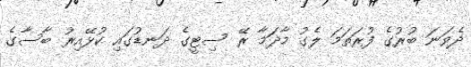
ދެވަނަ ބުރުގެ ފުރަތަމަ ލެގު މާދަމާ ރޭ ސިޓީގެ ދަނޑުގައި ކުޅޭއިރު ބާސާގެ